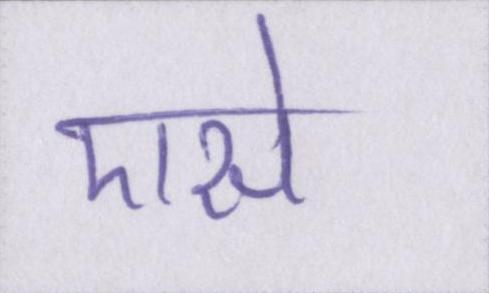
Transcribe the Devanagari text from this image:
एसे